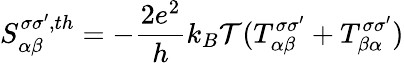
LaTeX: {S_{\alpha\beta}^{\sigma\sigma^{\prime},th}=-\frac{2e^{2}}{h}k_{B}\mathcal{T}(T_{\alpha\beta}^{\sigma\sigma^{\prime}}+T_{\beta\alpha}^{\sigma\sigma^{\prime}})}